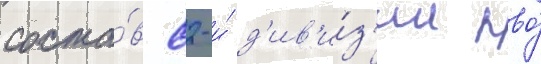
соста́в 82-и́ д'ив'и́з'ии пво́